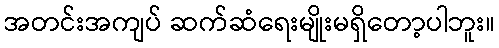
အတင်းအကျပ် ဆက်ဆံရေးမျိုးမရှိတော့ပါဘူး။